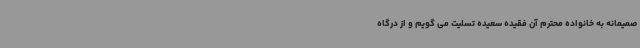
صمیمانه به خانواده محترم آن فقیده سعیده تسلیت می گویم و از درگاه